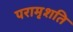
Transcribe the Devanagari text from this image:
परामृशति